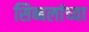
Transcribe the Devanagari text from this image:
सिब्बलांच्या